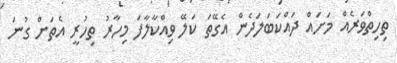
ތިހިތްވަރެއް މަށައް ދައްކަބަލަދެން އެގޭތަ ކަލޭ ވިއްކާލާފަ މިހާރު ތިހުރީ އެތަށް ގުނަ